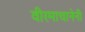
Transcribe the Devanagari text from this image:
वीरमाचानेनी